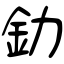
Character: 釛